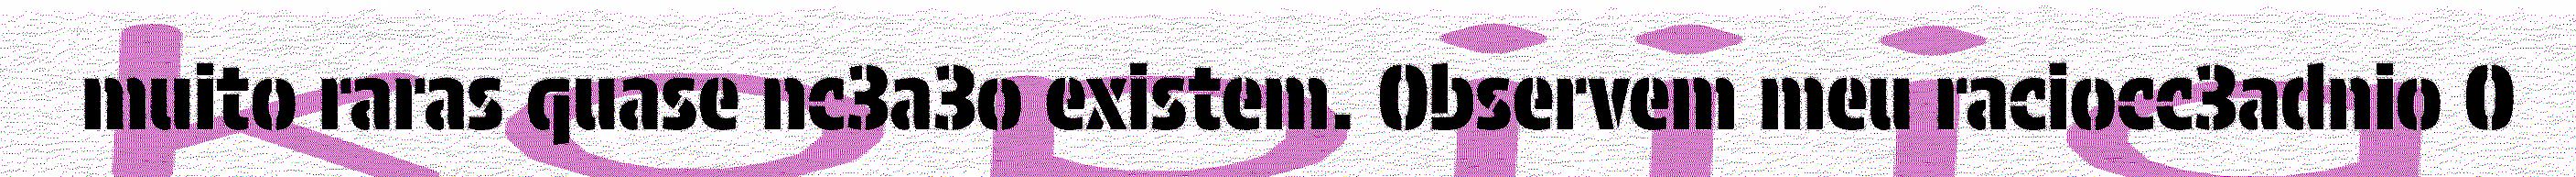
muito raras quase nc3a3o existem. Observem meu raciocc3adnio O